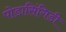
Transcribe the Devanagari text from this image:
पोडासिंगिडी